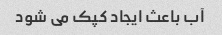
آب باعث ایجاد کپک می شود